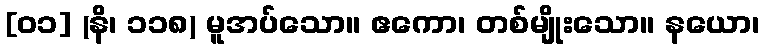
[၀၁] (နိ၊ ၁၁၈) မူအပ်သော။ ဧကော၊ တစ်မျိုးသော။ နယော၊